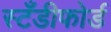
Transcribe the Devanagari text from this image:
स्टँडीफोर्ड